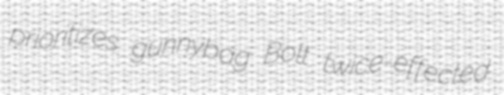
prioritizes gunnybag Bolt twice-effected